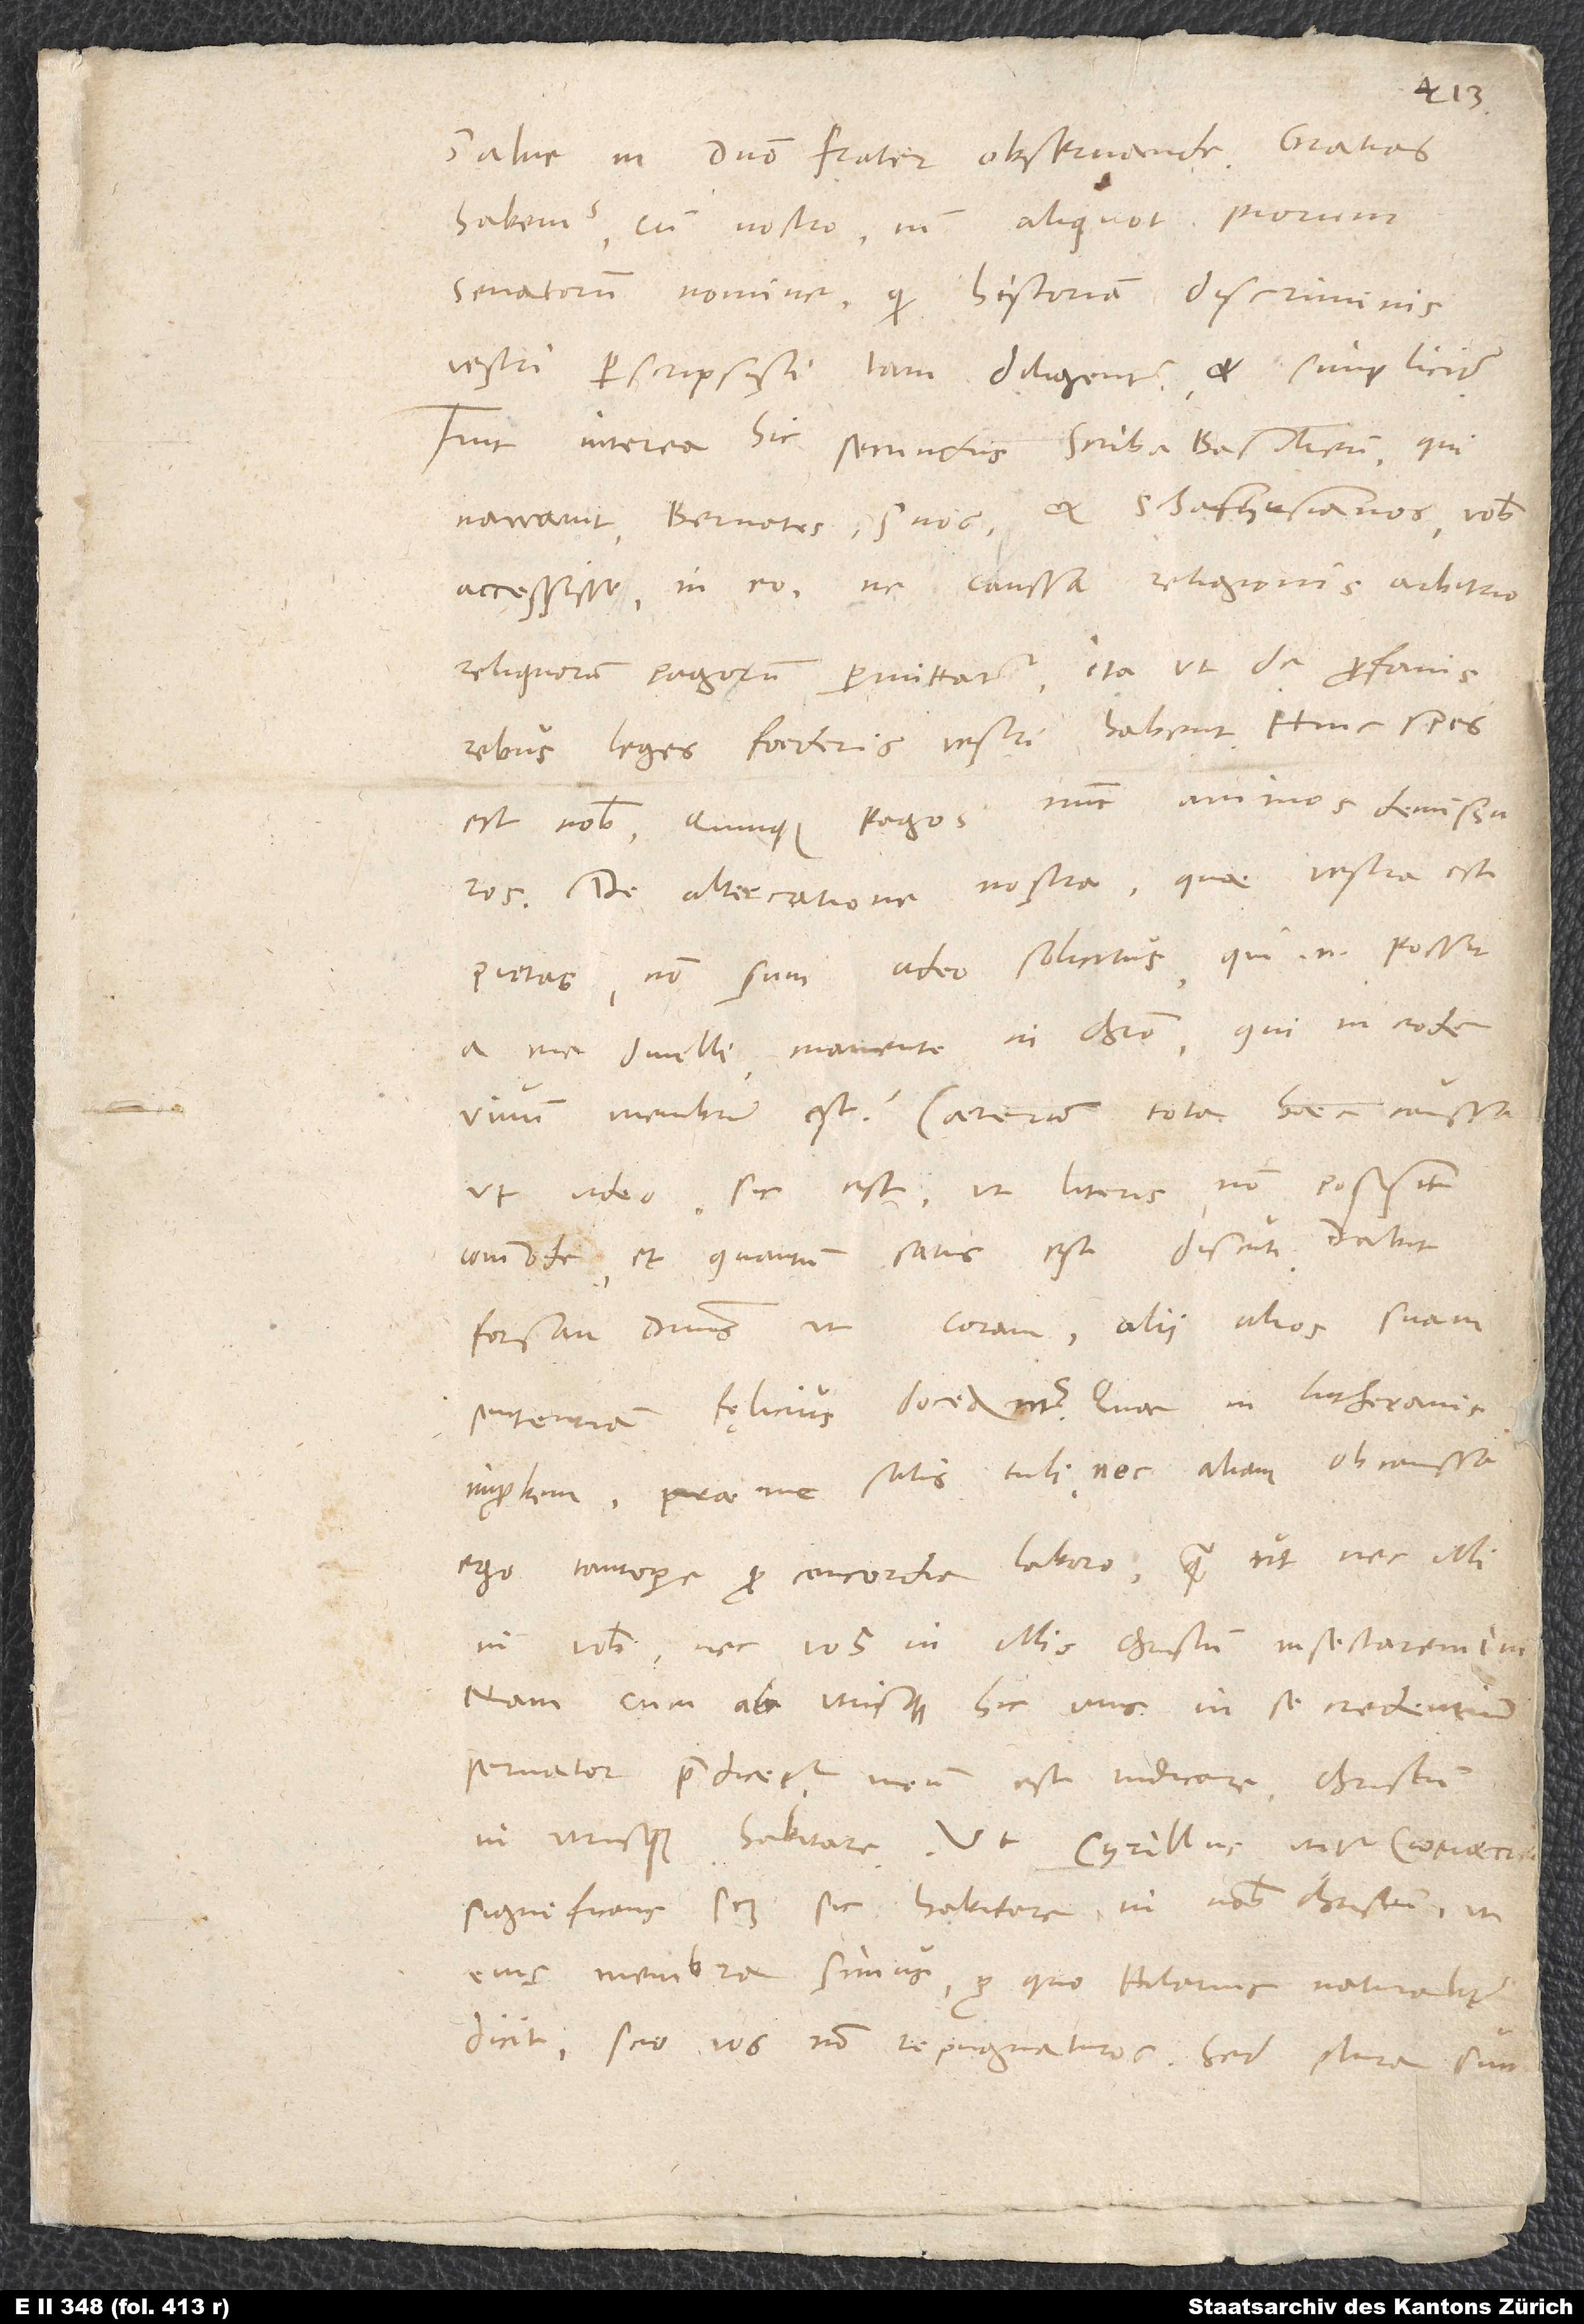
Salve in domino, frater observande.
habemus cum nostro tum aliquot piorum
senatorum nomine, quod historiam discriminis
vestri perscripsisti tam diligenter et simpliciter.
Fuit interea hic secundus scriba Basiliensis, qui
narravit Bernates, suos et Schafhusianos vobis
accessisse in eo, ne caussa religionis arbitrio
reliquorum pagorum permittatur, ita ut de profanis
rebus leges foederis vestri habent. Hinc spes
est nobis Quinque Pagos nunc animos demissuros.
De altercatione nostra, quae vestra est
pietas, non sum adeo solicitus. Qui enim possit
a me divelli manente in Christo, qui in eodem
vivum membrum est? Caeterum tota haec caussa,
ut video, sic est, ut literis non possit
commode et quantum satis est discuti. Dabit
forsan dominus, ut coram alii alios suam
sententiam faelicius doceamus. Quae in Lutheranis
improbem, prae me satis tuli, nec aliam ob caussam
ego tantopere pro concordia laboro, quam ut nec illi
in vobis nec vos in illis Christum insectaremini.
Nam cum ab utrisque hic unus in se credentium
servator praedicetur, meum est indicare Christum
in utrisque habitare, ut Cyrillus utitur,
significans scilicet sic habitare in nobis Christum, ut
eius membra simus. Pro quo Hilarius «naturaliter»
dicit; scio vos non repugnaturos. Sed plura sunt